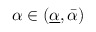
\alpha \in ( \underline { { \alpha } } , \bar { \alpha } )